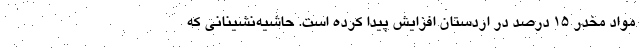
مواد مخدر ۱۵ درصد در اردستان افزایش پیدا کرده است. حاشیه‌نشینانی که